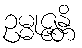
ဥမ္မုဇ္ဇန္တိ